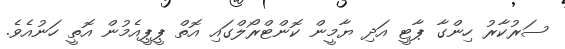
ސަރުކާރު ހިންގާ ޕާޓީ އަދި ޔާމީން ކޮންޓްރޯލްގައި އޮތް ޕީޕީއެމުން އޮތީ ހަނުއެވެ.